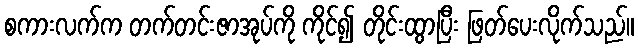
စကားလက်က တက်တင်းဇာအုပ်ကို ကိုင်၍ တိုင်းထွာပြီး ဖြတ်ပေးလိုက်သည်။